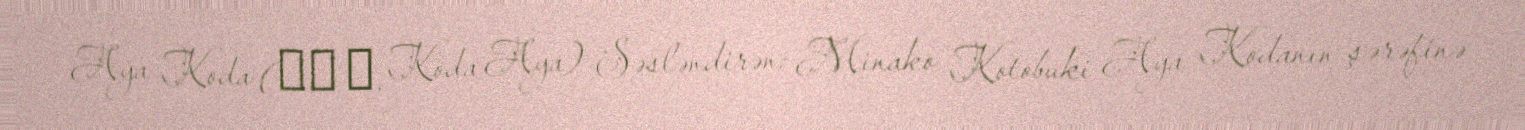
Aya Koda (幸田 文, Kōda Aya) Səsləndirən: Minako Kotobuki Aya Kodanın şərəfinə